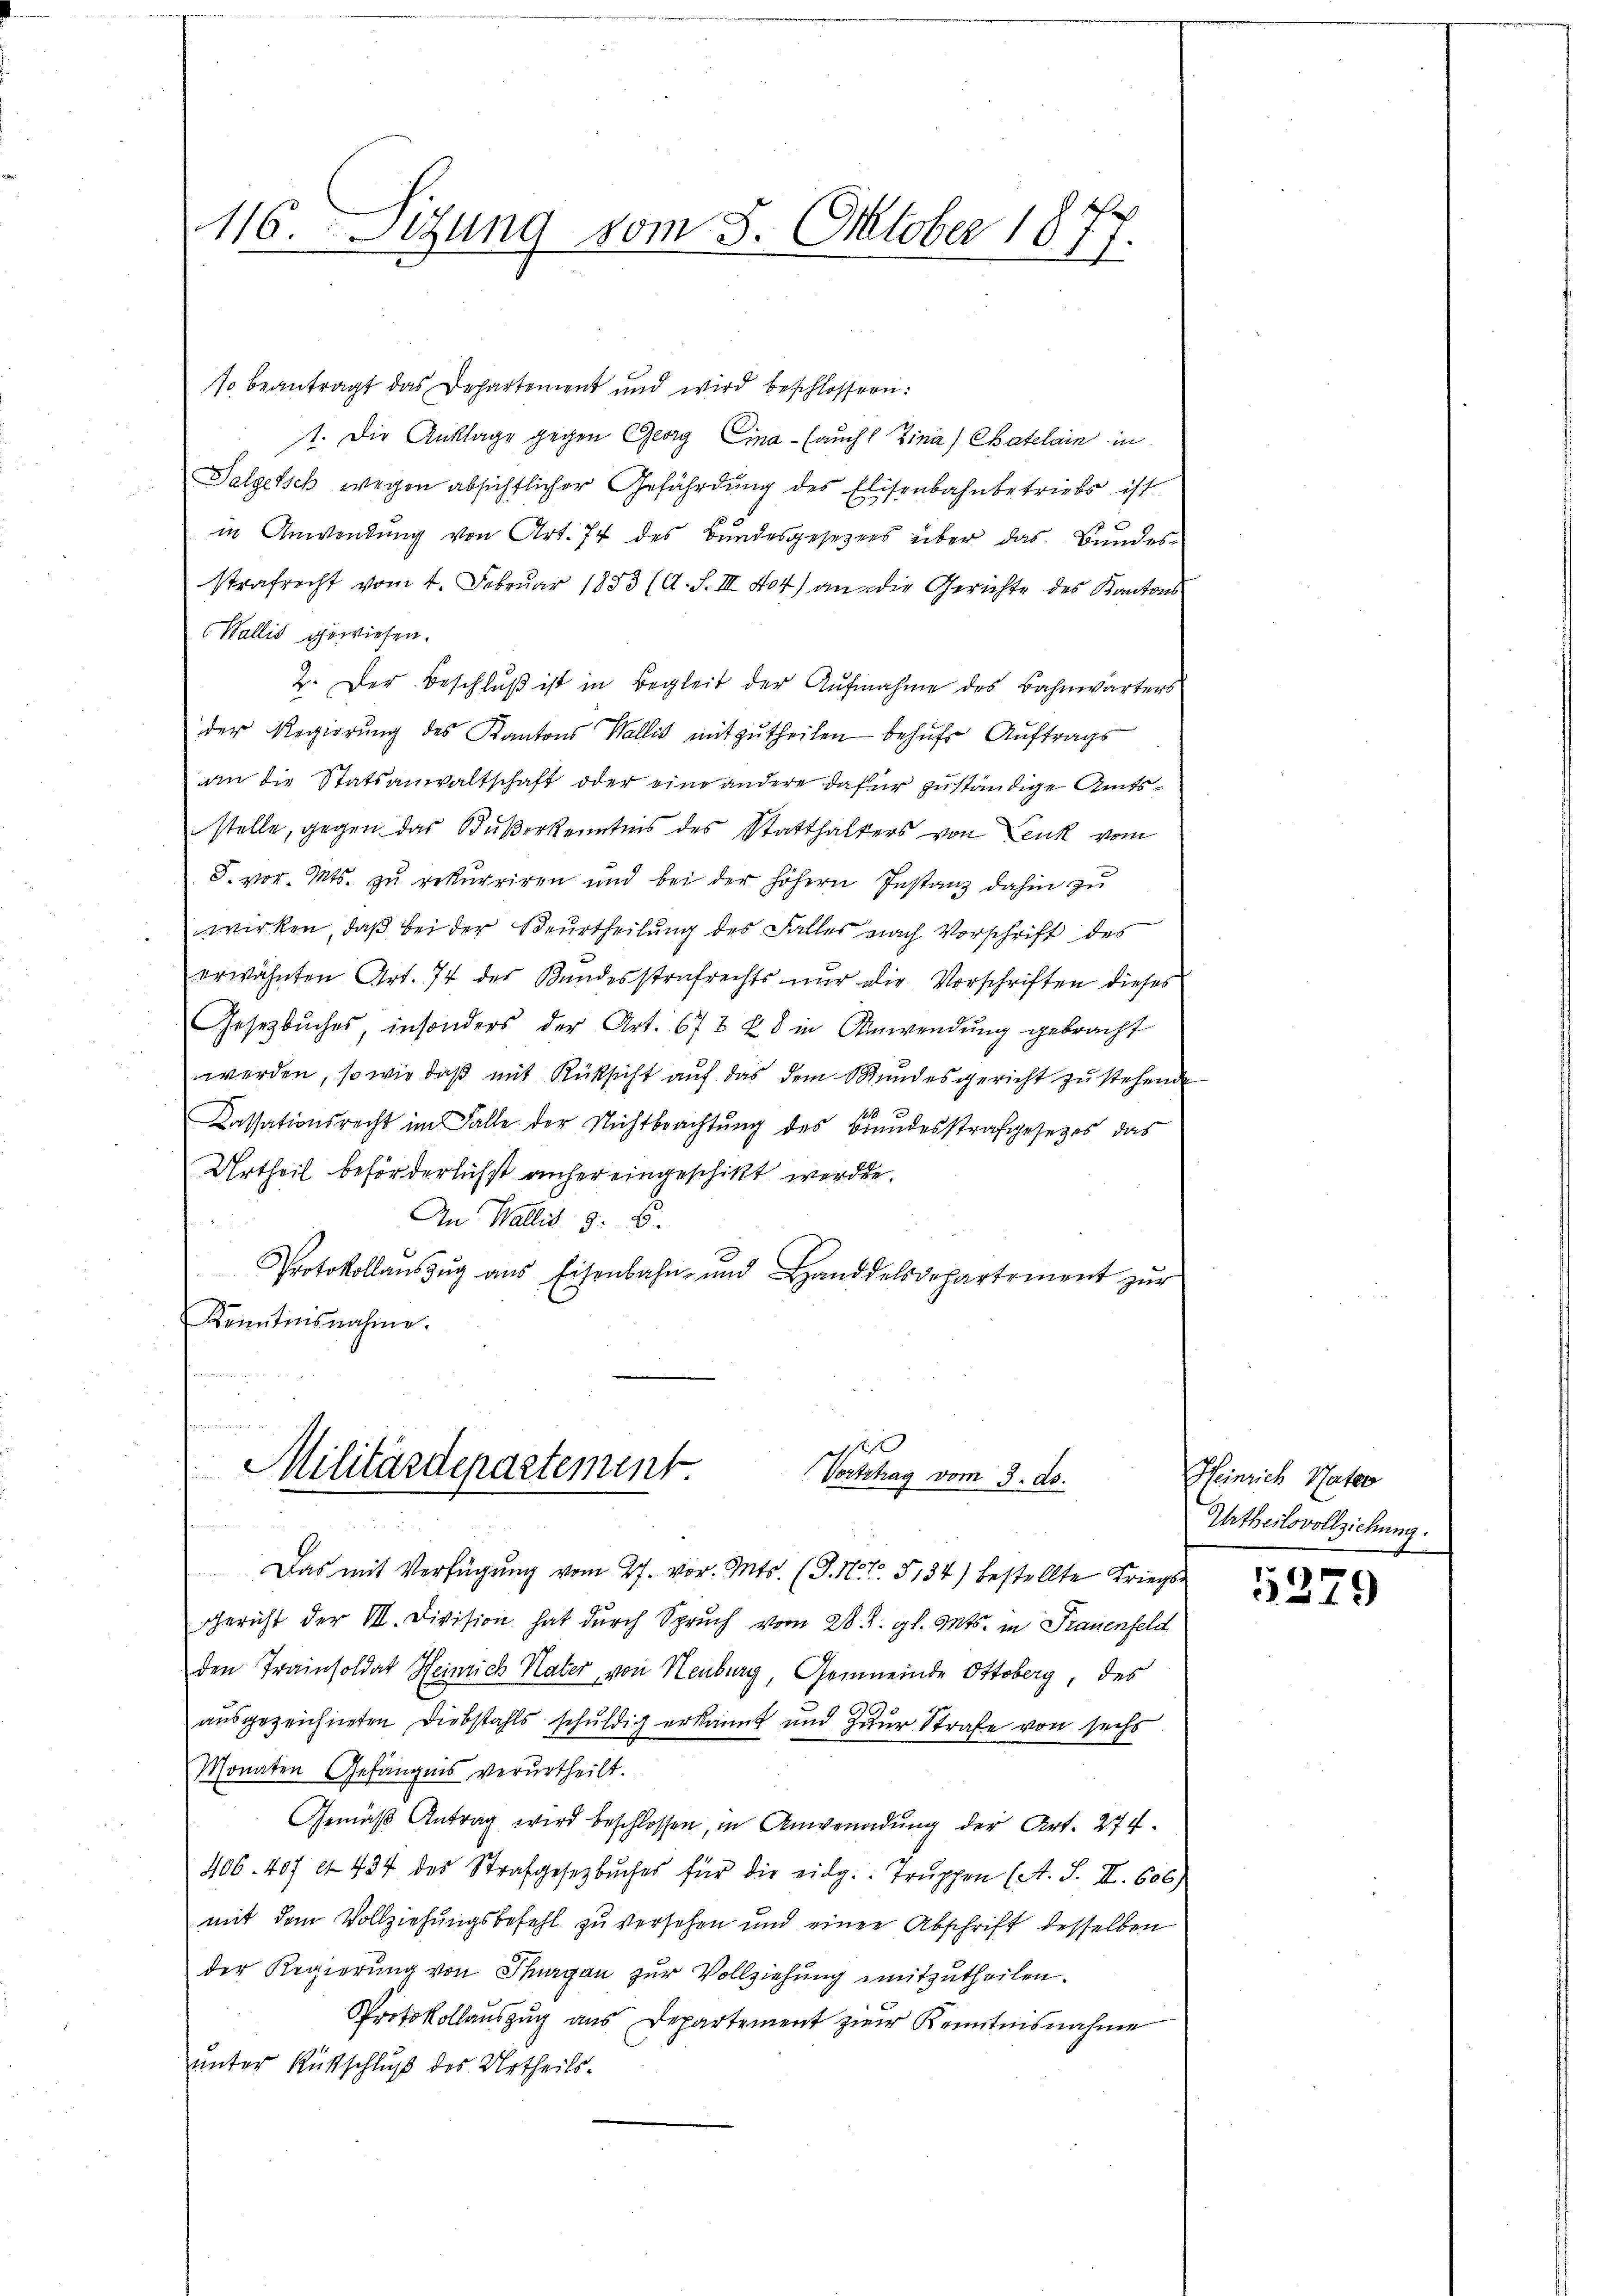
so beantragt das Departement und wird beschlossen:
t. Die Anklage gegen Georg Eina - (auch Zina) Chatelain in
Salgetsch wegen absichtlicher Gefährdung des Elisenbahnbetriebs ist
in Anwendung von Art. 74 des Bundesgesetzers über das Bundes-
strafrecht vom 4. Februar 1883 (A. S. III 404) an die Gerichte des Kantons
Wallis gewiesen.
2. Der Beschluß ist in Begleit der Aufnahme des Bahnwärters
der Regierung des Kantons Wallis mitzutheilen behufs Auftrags
an die Statsanwaltschaft oder eine andere dafür zuständige Amtsstelle, gegen das Baßerkenntnis des Statthalters von Lenk vom
F. vor. Mts. zu rekurriren und bei der höhern Instanz dahin zu
wirken, daβ bei der Beurtheilŭng des Falles nach Vorschrift des
erwähnten Art. 74 des Randesstrafrechts nur die Vorschriften dieses
Gesetzbuches, insonders der Art. 673 u 8 in Anwendŭng gebracht
werden, so wie daß mit Rüksicht auf das dem Stundesgericht zu stehende
Cassationsrecht im Falle der Nichtbeachtŭng des Bŭndesstrafgesetzes das
Urtheil beförderlichst anher eingeschikt werden.
An Wallis §. 6.
Protokollaŭszŭg ans Eisenbahn- und Handdelsdepartement zŭr
Kenntnisnahme.

116. Setzung vom 8. Oktober 1877.

n
f
Militärdepartement
Vorttrag vom 3. ds.

Das mit Verfügung vom 27. vor. Mts. (T. Nr. 5134) bestellte Kriegs
Gericht der III. Division hat durch Spruch vom 28. d. gl. Mts. in Frauenfeld
den Trainsoldat Heinrich Nater, von Neuburg, Gemeinde Ottoberg, des
e
ausgezeichneten Diebstahls schuldig erkannt und zur Strafe von sechs
Monaten Gefängnis verurtheilt.
Gemäß Antrag wird beschlossen, in Anwendung der Art. 274.
406. 407 et 434 des Strafgesetzbuches für die eidg. Trŭppen (A. S. II. 606)
mit dem Vollziehungsbefehl zu versehen und einen Abschrift desselben
der Regierung von Thurgau zur Vollziehung mitzutheilen.
Protokollauszug aus Departement zur Kenntnisnahme
unter Ritschluß des Urtheils.

Heinrich Nator
Urtheilsvollziehung.

1279